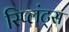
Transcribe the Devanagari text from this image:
स्प्लिंट्स